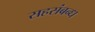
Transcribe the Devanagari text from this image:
सहसंबन्ध